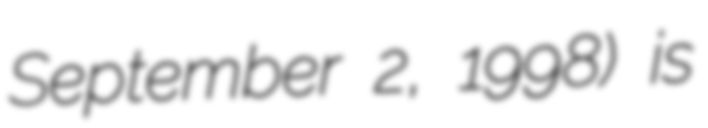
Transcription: September 2, 1998) is